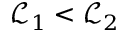
\mathcal { L } _ { 1 } < \mathcal { L } _ { 2 }